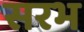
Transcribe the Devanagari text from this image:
सरभ